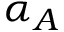
\alpha _ { A }